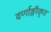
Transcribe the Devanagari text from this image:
वर्णाङ्गीकृत